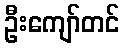
ဦးကျော်တင်